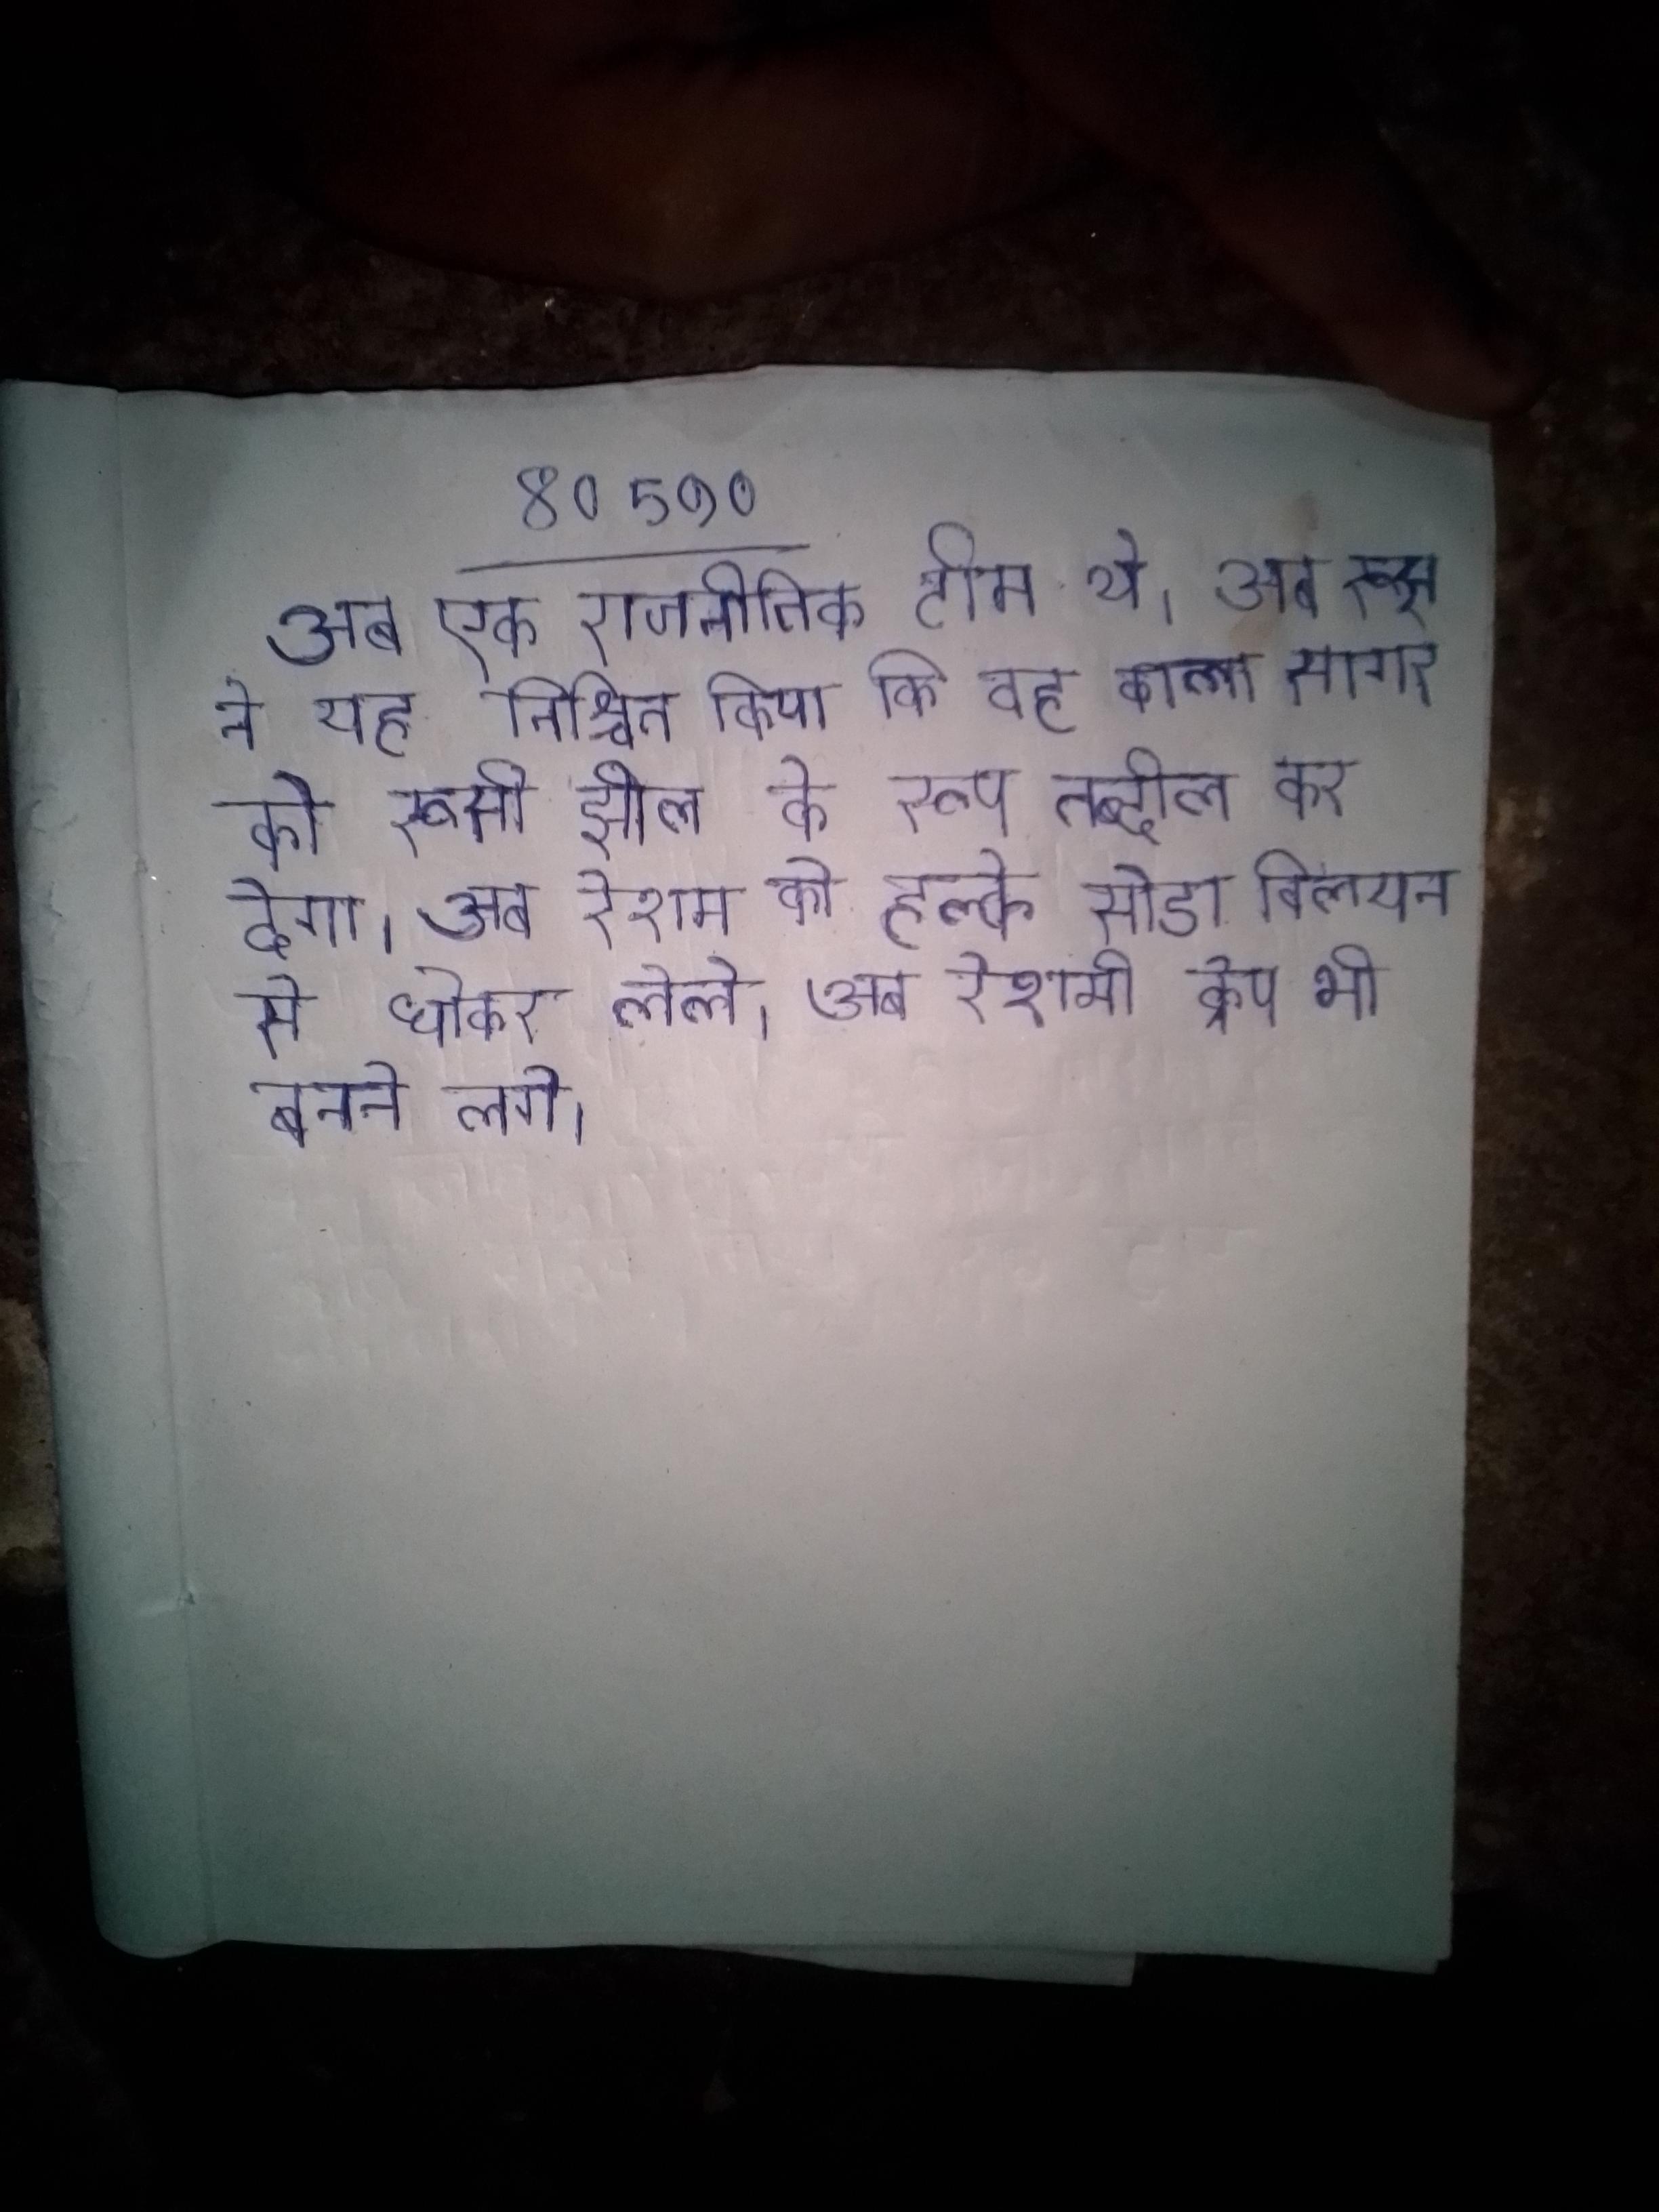
अब एक राजनीतिक टीम थे । अब रूस ने यह निश्चित किया कि वह काला सागर को रूसी झील के रूप तब्दील कर देगा । अब रेशम को हल्के सोडा विलयन से धोकर लेते । अब रेशमी क्रेप की नकल पर सूती क्रेप भी बनने लगे ।